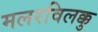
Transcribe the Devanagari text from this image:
मलरविलक्कु